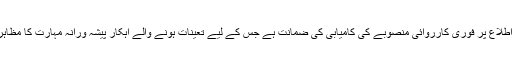
انہوں نے کہا کہ اس منصوبہ کے تحت عوام کی بہتر خدمت اور ان کی اطلاع پر فوری کارروائی منصوبے کی کامیابی کی ضمانت ہے جس کے لیے تعینات ہونے والے اہکار پیشہ ورانہ مہارت کا مظاہرہ کریں اور عوام کی پکار پر انہیں کسی صورت مایوسی نہ ہونے پائے۔